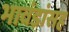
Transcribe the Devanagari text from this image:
भावंडांसह